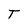
Character: T